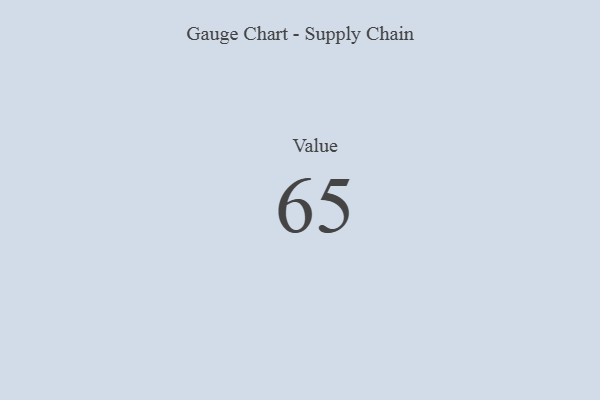
{"axis": {"x": "Metric", "y": "Value"}, "legend": [""], "data": [{"x": "Value", "y": 65, "type": ""}]}